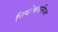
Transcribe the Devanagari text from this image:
नियोक्लासिज्म